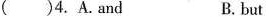
( )4. A.And B. but